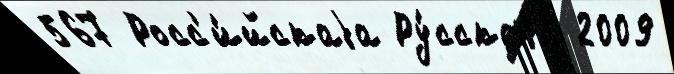
567 Росс'и́йскаjа Ру́сскаjа 2009